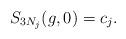
LaTeX: \begin{align*}S_{3N_j}(g,0)=c_j.\end{align*}